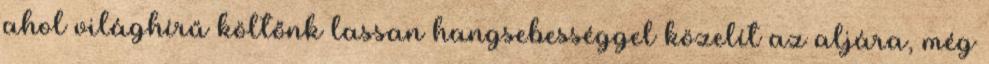
ahol világhírű költőnk lassan hangsebességgel közelít az aljára, még